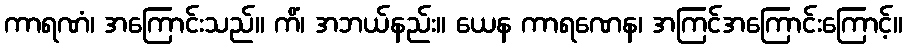
ကာရဏံ၊ အကြောင်းသည်။ ကိံ၊ အဘယ်နည်း။ ယေန ကာရဏေန၊ အကြင်အကြောင်းကြောင့်။